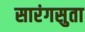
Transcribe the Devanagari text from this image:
सारंगसुता